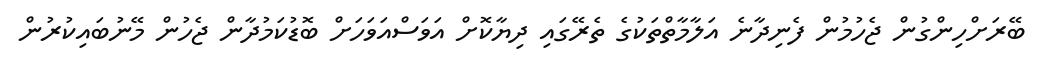
ބޭރަށްހިންގުން ޖެހުމުން ފެނިދާނެ އަލާމާތްތަކުގެ ތެރޭގައި ދިޔާކޮށް އަވަސްއަވަހަށް ބޮޑުކަމުދާން ޖެހުން މޭނުބައިކުރުން